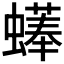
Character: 𧑑